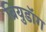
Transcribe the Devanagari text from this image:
ब्रियुडॉग